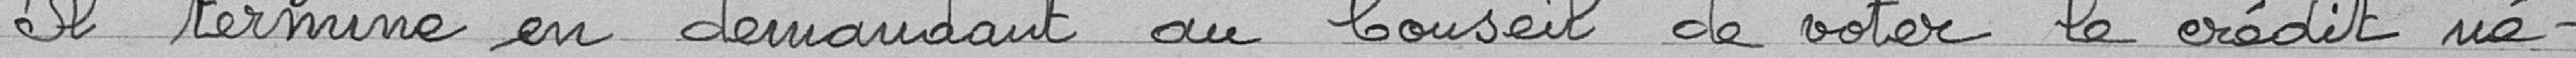
Il termine en demandant au Conseil de voter le crédit ne-